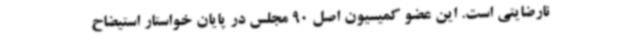
نارضایتی است. این عضو کمیسیون اصل 90 مجلس در پایان خواستار استیضاح